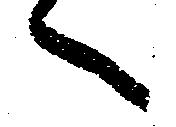
へ